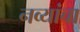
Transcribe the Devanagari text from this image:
नव्यांचा